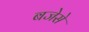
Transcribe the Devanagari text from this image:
बजेसे